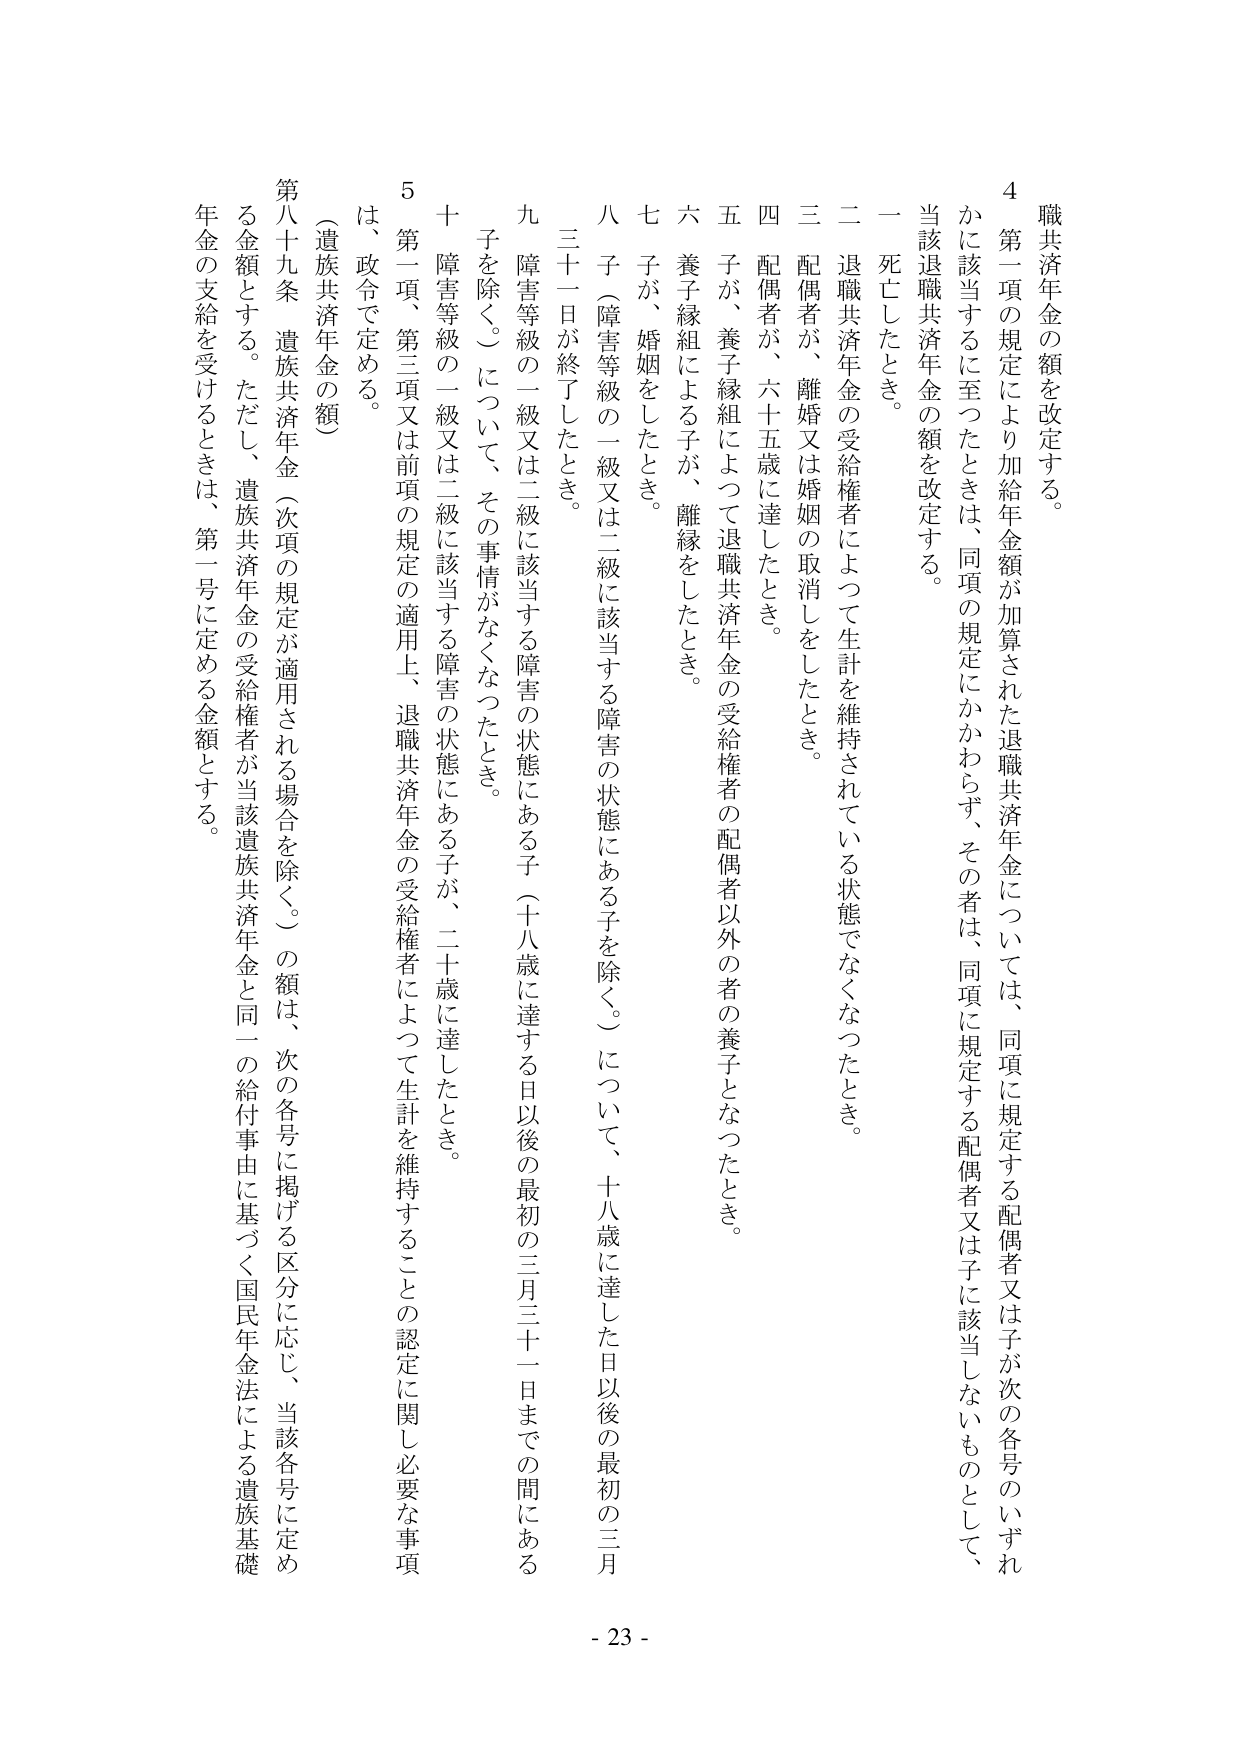
職共済年金の額を改定する。

４　第一項の規定により加給年金額が加算された退職共済年金については、同項に規定する配偶者又は子が次の各号のいずれかに該当するに至ったときは、同項の規定にかかわらず、その者は、同項に規定する配偶者又は子に該当しないものとして、当該退職共済年金の額を改定する。

一　死亡したとき。

二　退職共済年金の受給権者によって生計を維持されている状態でなくなったとき。

三　配偶者が、離婚又は婚姻の取消しをしたとき。

四　配偶者が、六十五歳に達したとき。

五　子が、養子縁組によって退職共済年金の受給権者の配偶者以外の者の養子となったとき。

六　養子縁組による子が、離縁をしたとき。

七　子が、婚姻をしたとき。

八　子（障害等級の一級又は二級に該当する障害の状態にある子を除く。）について、十八歳に達した日以後の最初の三月三十一日が終了したとき。

九　障害等級の一級又は二級に該当する障害の状態にある子（十八歳に達する日以後の最初の三月三十一日までの間にある子を除く。）について、その事情がなくなったとき。

十　障害等級の一級又は二級に該当する障害の状態にある子が、二十歳に達したとき。

５　第一項、第三項又は前項の規定の適用上、退職共済年金の受給権者によって生計を維持することの認定に関し必要な事項は、政令で定める。

（遺族共済年金の額）

第八十九条　遺族共済年金（次項の規定が適用される場合を除く。）の額は、次の各号に掲げる区分に応じ、当該各号に定める金額とする。ただし、遺族共済年金の受給権者が当該遺族共済年金と同一の給付事由に基づく国民年金法による遺族基礎年金の支給を受けるときは、第一号に定める金額とする。

- 23 -